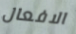
الافعال